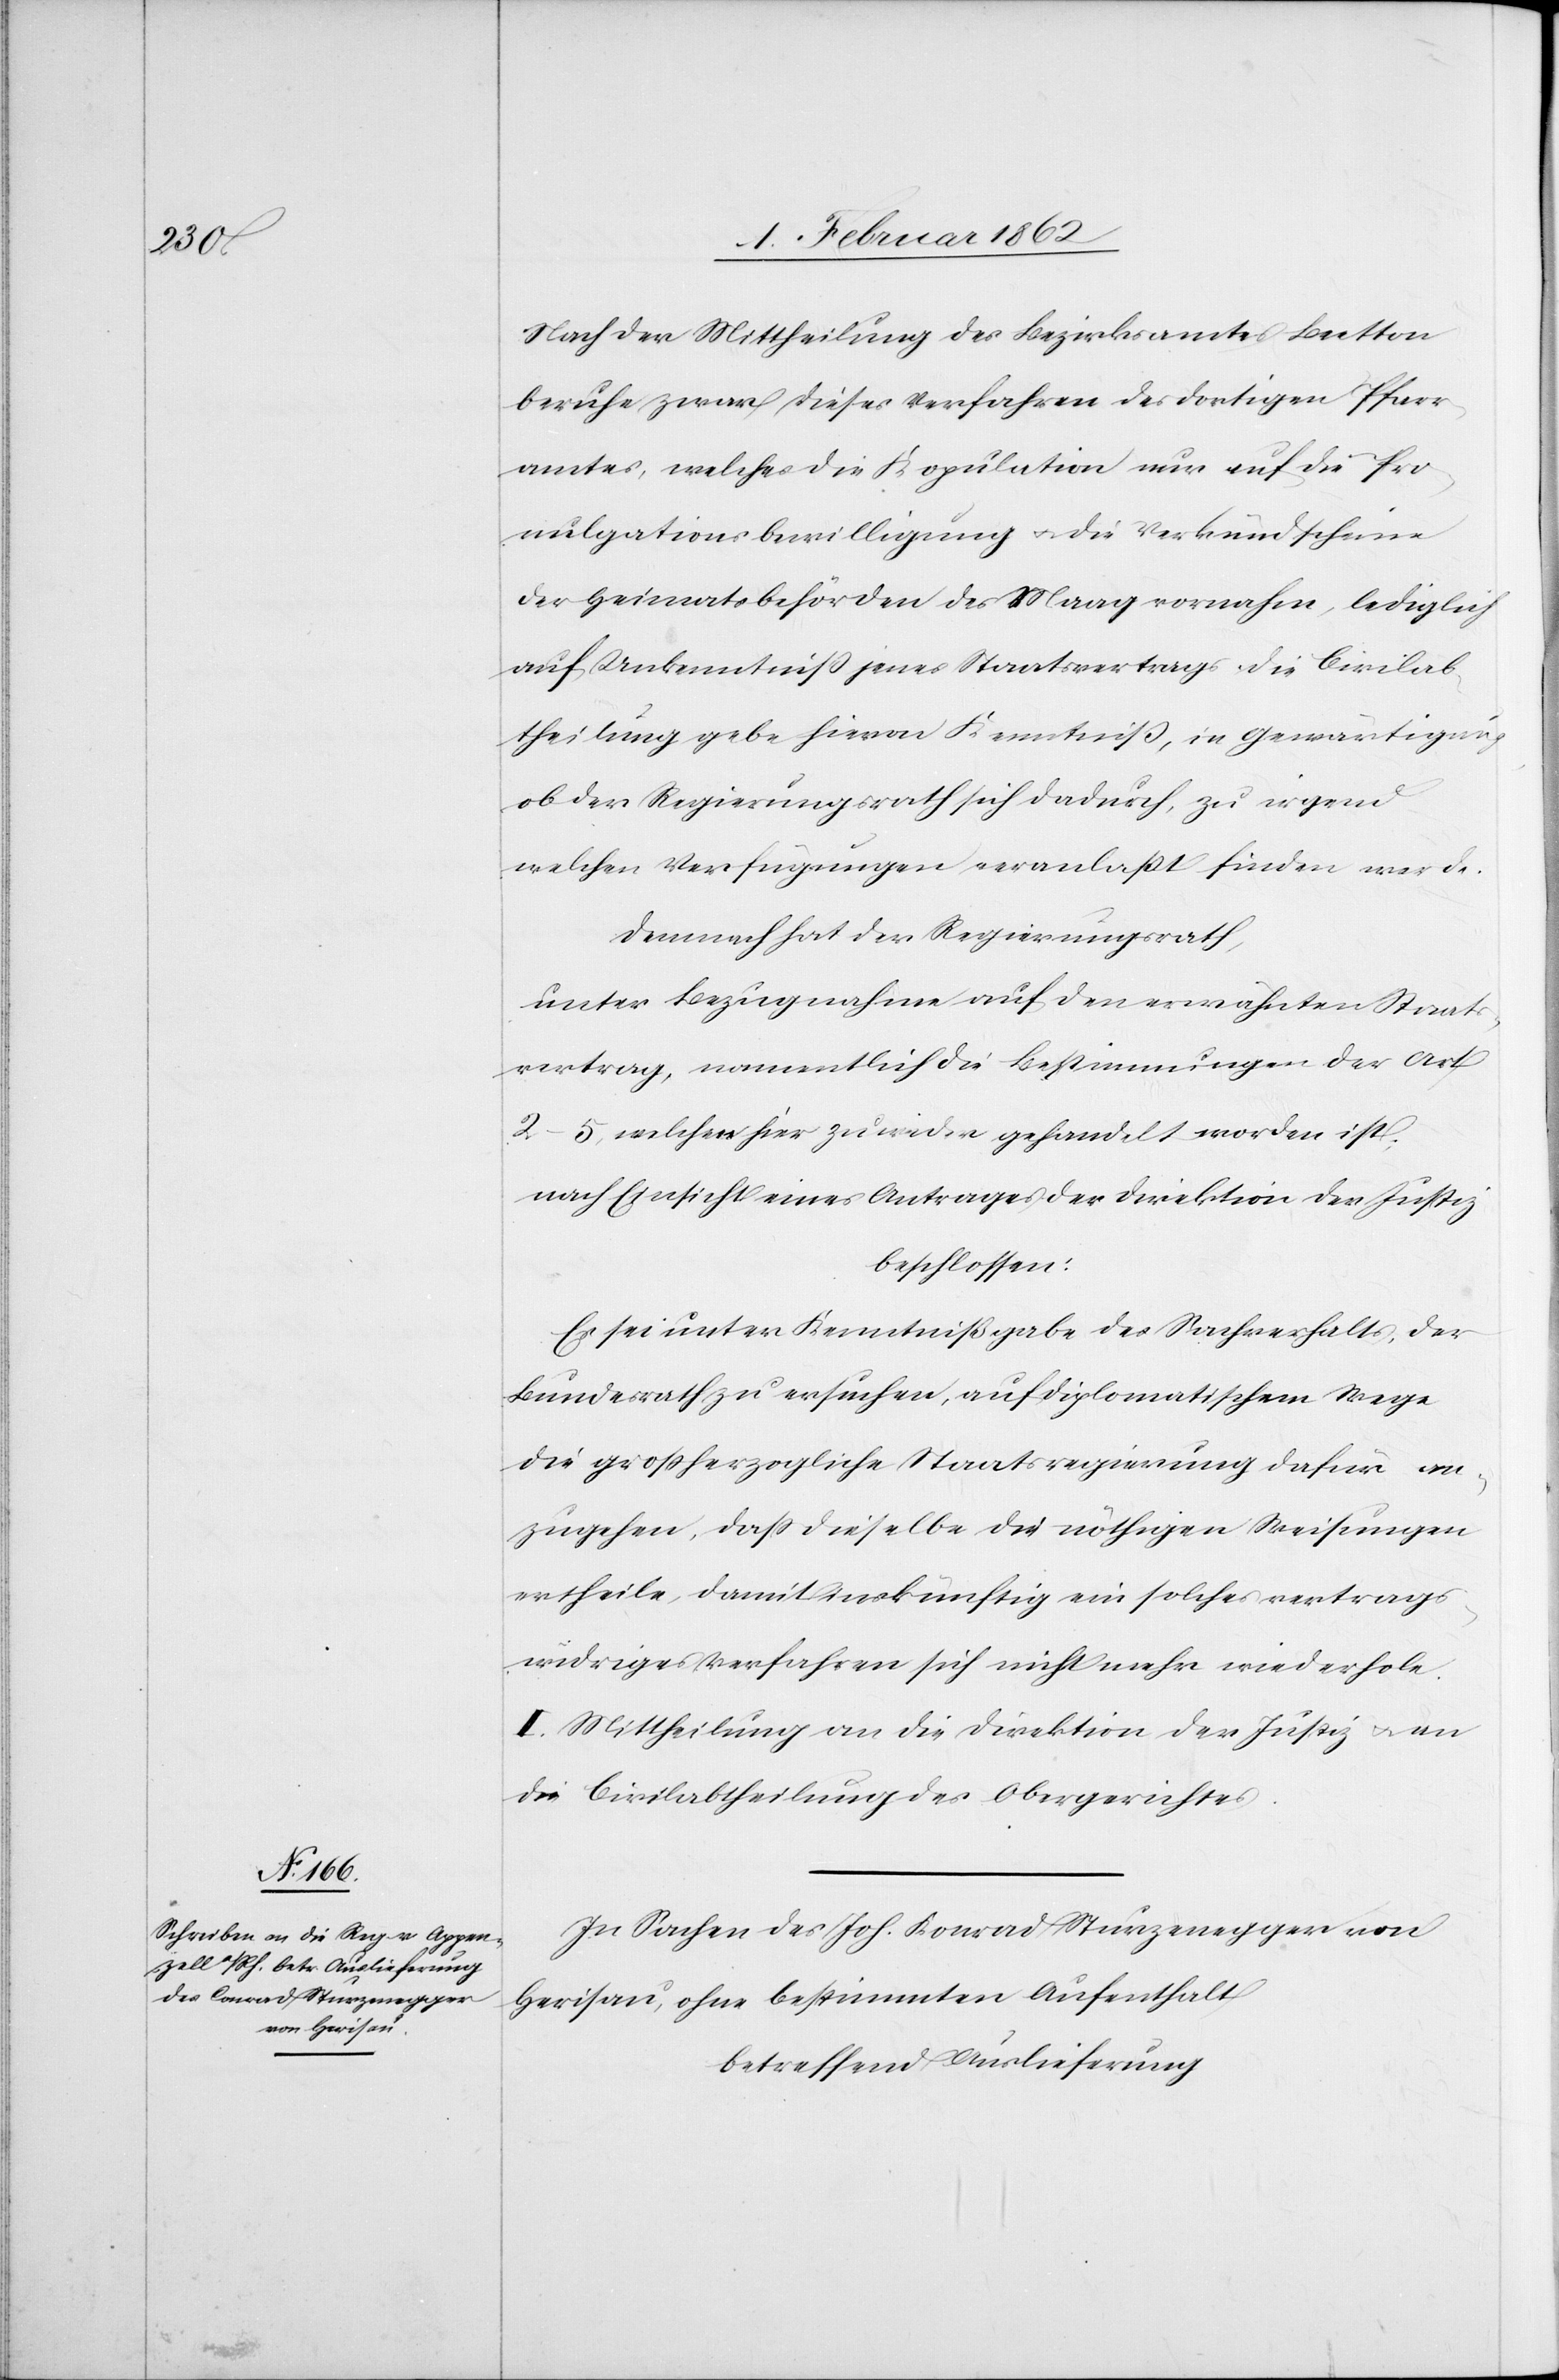
Nach der Mittheilung des Bezirksamtes Bretton
beruhe zwar dieses Verfahren des dortigen Pfarr¬
amtes, welches die Kopulation nur auf die Pro¬
mulgationsbewilligung u. die Verkündscheine
der Heimatsbehörden des Maag vornahm, lediglich
auf Unkenntniß jenes Staatsvertrags. Die Civilab¬
theilung gebe hievon Kenntniß, in Gewärtigung,
ob der Regierungsrath sich dadurch zu irgend
welchen Verfügungen veranlaßt finden werde.
Demnach hat der Regierungsrath,
unter Bezugnahme auf den erwähnten Staats¬
vertrag, namentlich die Bestimmungen der Art
2–5, welchen hier zuwider gehandelt worden ist,
nach Einsicht eines Antrages der Direktion der Justiz
beschlossen:
Es sei unter Kenntnißgabe des Sachverhalts, der
Bundesrath zu ersuchen, auf diplomatischem Wege
die großherzogliche Staatsregierung dafür an¬
zugehen, daß dieselbe die nöthigen Weisungen
ertheile, damit inskünftig ein solches vertrags¬
widriges Verfahren sich nicht mehr wiederhole.
II. Mittheilung an die Direktion der Justiz u. an
die Civilabtheilung des Obergerichtes.
In Sachen des Joh. Konrad Sturzenegger von
Herisau, ohne bestimmten Aufenthalt
betreffend Auslieferung